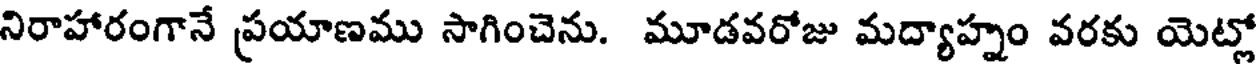
నిరాహారంగానే ప్రయాణము సాగించెను. మూడవరోజు మద్యాహ్నం వరకు యెట్లో